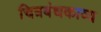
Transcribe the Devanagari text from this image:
चित्रबंधकाव्य